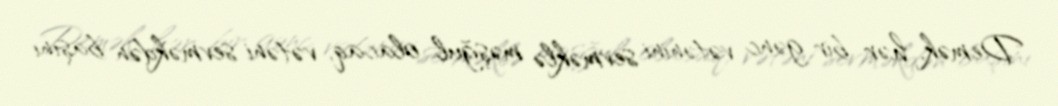
Demək, hər bir gənc vətənini sevməklə məşğul olacaq, vətəni sevməkdən başını